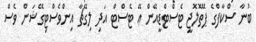
ބުނާ ސްކާފްގެ ޕޭތޮލޮޖީ ޓެސްޓްޑީއޭން ޢޭ ޓެސްޓް އަދި ލިގޭޗާ އިންވެސްޓިގޭޝަން ވެސް